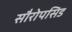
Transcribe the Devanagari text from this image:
सौरोपसिड